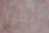
أتعرق